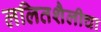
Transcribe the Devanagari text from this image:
ललितशैलीचा